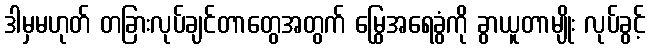
ဒါမှမဟုတ် တခြားလုပ်ချင်တာတွေအတွက် မြွေအရေခွံကို ခွာယူတာမျိုး လုပ်ခွင့်